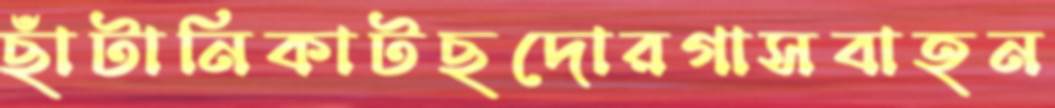
ছাঁটানিকাটছদোরগাসবাহন